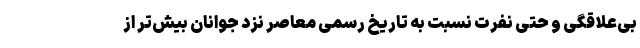
بی‌علاقگی و حتی نفرت نسبت به تاریخ رسمی معاصر نزد جوانان بیش‌تر از